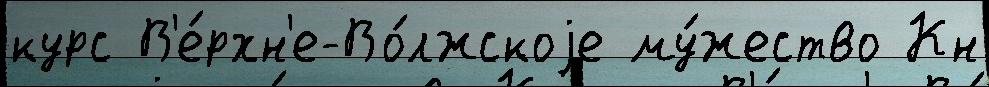
курс В'е́рхн'е-Во́лжскоjе му́жество Кн